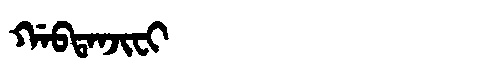
Manchu: ᡤᠠᠪᡨᠠᠨᠵᡳᠸᡳ
Romanization: GABTANJIFI